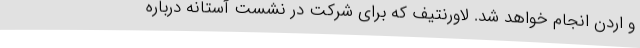
و اردن انجام خواهد شد. لاورنتیف که برای شرکت در نشست آستانه درباره